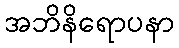
အဘိနိရောပနာ